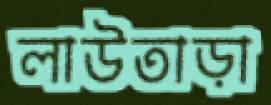
লাউতাড়া